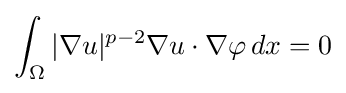
\int _{\Omega }|\nabla u|^{p-2}\nabla u\cdot \nabla \varphi \,dx=0